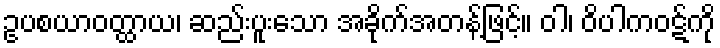
ဥပစယာဝတ္ထာယ၊ ဆည်းပူးသော အခိုက်အတန့်ဖြင့်။ ဝါ၊ ဝိပါကဝဋ်ကို